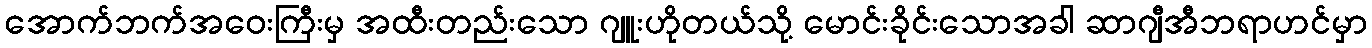
အောက်ဘက်အဝေးကြီးမှ အထီးတည်းသော ဂျူးဟိုတယ်သို့ မောင်းခိုင်းသောအခါ ဆာဂျီအီဘရာဟင်မှာ